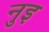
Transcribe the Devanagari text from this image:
नुइ